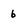
Character: 6